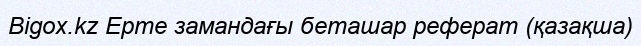
Bigox.kz Ерте замандағы беташар реферат (қазақша)